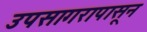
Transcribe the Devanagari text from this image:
उपसागरापासून